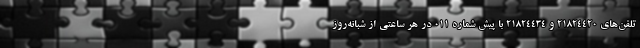
تلفن‌های ۲۱۸۲۴۴۲۰ و ۲۱۸۲۴۴۳۴ با پیش شماره ۰۱۱ در هر ساعتی از شبانه‌روز